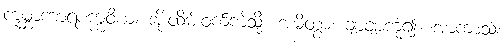
ကုမ္ဘာကာရစက္ကဝိယ၊ အိုးထိမ်းဝက်ကဲ့သို့။ အမိတွာ၊ ချာချာကုံ၍။ အာကာသံ၊